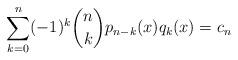
\begin{align*}\sum_{k=0}^n (-1)^k \binom{n}{k} p_{n-k}(x)q_{k}(x) = c_n\end{align*}